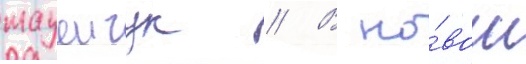
мацеичук // В но́вом